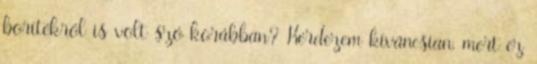
borítékról is volt szó korábban? Kérdezem kíváncsian, mert ez